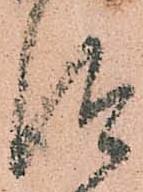
従